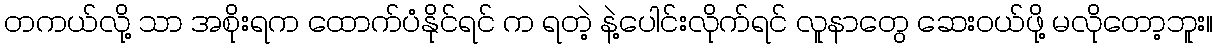
တကယ်လို့ သာ အစိုးရက ထောက်ပံနိုင်ရင် က ရတဲ့ နဲ့ပေါင်းလိုက်ရင် လူနာတွေ ဆေးဝယ်ဖို့ မလိုတော့ဘူး။